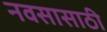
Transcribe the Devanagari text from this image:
नवसासाठी